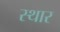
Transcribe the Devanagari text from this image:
स्थार